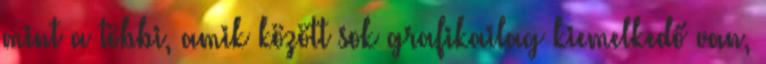
mint a többi, amik között sok grafikailag kiemelkedő van,